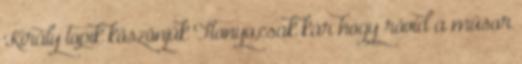
Király topik köszönjük Ftonyo,csak kár hogy rövid a műsor